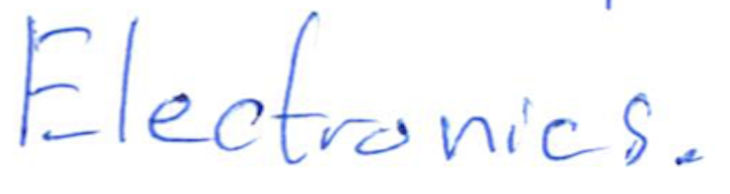
Text: Electronics.
Cross-out: clean
Writing tool: ballpoint